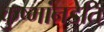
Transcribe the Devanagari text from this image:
कुष्मांनडेति